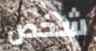
شخص